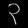
Digit: ၃